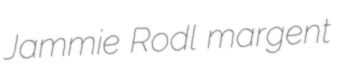
Jammie Rodl margent